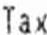
TAX